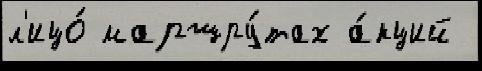
л'ицо́ маршру́тах а́кций